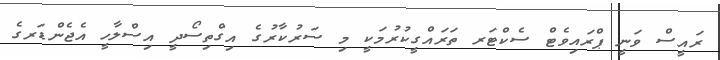
ރައީސް ވަނީ ޕްރައިވެޓް ސެކްޓަރ ތަރައްގީކުރުމަކީ މި ސަރުކާރުގެ އިގްތިސޯދީ އިސްލާހީ އެޖެންޑަރގެ